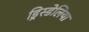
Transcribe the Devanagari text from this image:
ड्रिस्डेलिया